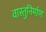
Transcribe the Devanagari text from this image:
वास्तुनिर्माण